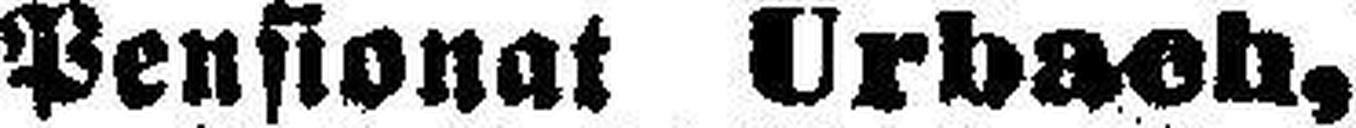
Pensionat Urbach,